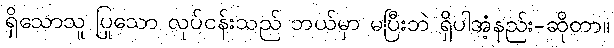
ရှိသောသူ ပြုသော လုပ်ငန်းသည် ဘယ်မှာ မပြီးဘဲ ရှိပါအံ့နည်း-ဆိုတာ။